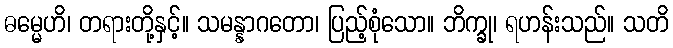
ဓမ္မေဟိ၊ တရားတို့နှင့်။ သမန္နာဂတော၊ ပြည့်စုံသော။ ဘိက္ခု၊ ရဟန်းသည်။ သတိ